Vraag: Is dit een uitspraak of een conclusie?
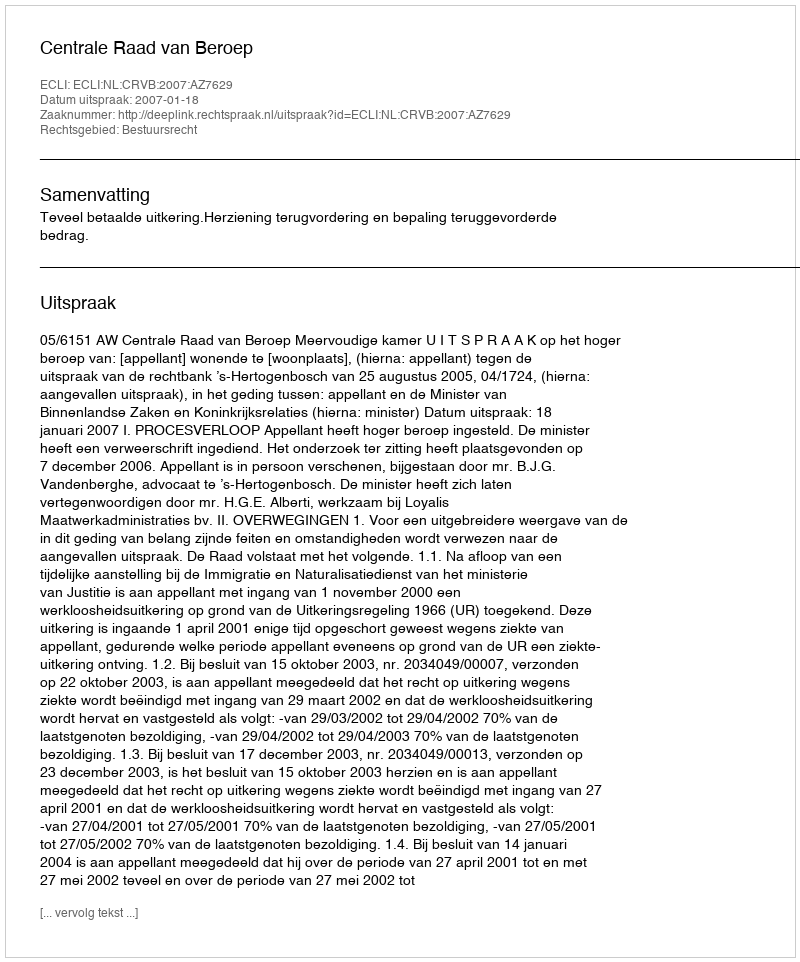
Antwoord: Uitspraak